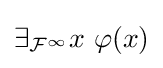
\exists _{{\mathcal {F}}^{\infty }}x\ \varphi (x)